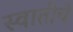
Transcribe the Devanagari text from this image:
स्वातीचे